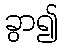
ခွာ၍